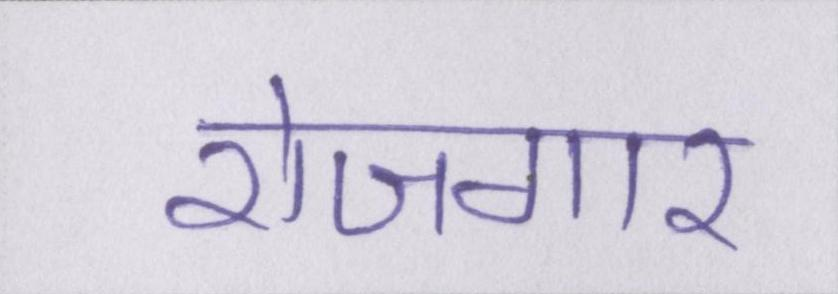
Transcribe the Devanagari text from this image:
रोजगार